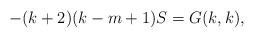
LaTeX: \begin{align*}-(k+2)(k-m+1)S=G(k,k),\end{align*}